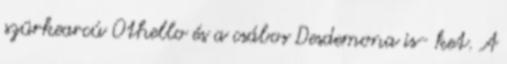
szürkearcú Othello és a csábos Desdemona is- ket. A